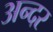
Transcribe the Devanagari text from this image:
अन्दर